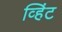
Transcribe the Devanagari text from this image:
व्हिंट